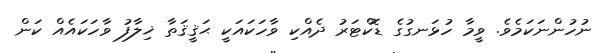
ނުހުންނަކަމެވެ. ވީމާ ހުޅަނގުގެ ޑޮކްޓަރު ދެއްކި ވާހަކައަކީ ޙަޤީޤަތާ ޚިލާފު ވާހަކައެއް ކަން